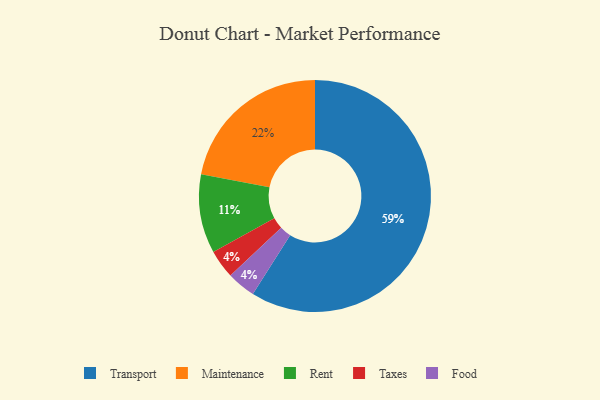
{"axis": {"x": "Category", "y": "Percentage"}, "legend": ["Food", "Maintenance", "Rent", "Taxes", "Transport"], "data": [{"x": "Transport", "y": 59, "type": "Transport"}, {"x": "Taxes", "y": 4, "type": "Taxes"}, {"x": "Maintenance", "y": 22, "type": "Maintenance"}, {"x": "Food", "y": 4, "type": "Food"}, {"x": "Rent", "y": 11, "type": "Rent"}]}